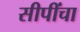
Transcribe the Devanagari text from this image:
सीपींचा